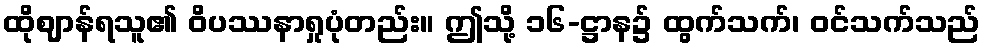
ထိုဈာန်ရသူ၏ ဝိပဿနာရှုပုံတည်း။ ဤသို့ ၁၆-ဋ္ဌာန၌ ထွက်သက်၊ ဝင်သက်သည်